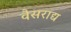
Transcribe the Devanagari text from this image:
वैसराद्य